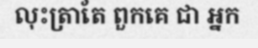
លុះត្រាតែ ពួកគេ ជា អ្នក